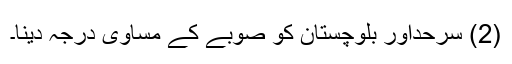
(2) سرحداور بلوچستان کو صوبے کے مساوی درجہ دینا۔